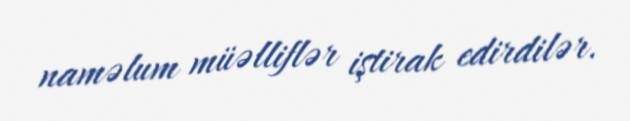
naməlum müəlliflər iştirak edirdilər.